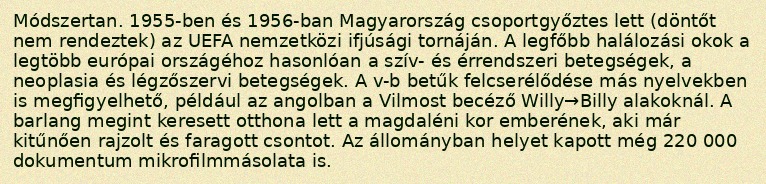
Módszertan. 1955-ben és 1956-ban Magyarország csoportgyőztes lett (döntőt nem rendeztek) az UEFA nemzetközi ifjúsági tornáján. A legfőbb halálozási okok a legtöbb európai országéhoz hasonlóan a szív- és érrendszeri betegségek, a neoplasia és légzőszervi betegségek. A v-b betűk felcserélődése más nyelvekben is megfigyelhető, például az angolban a Vilmost becéző Willy→Billy alakoknál. A barlang megint keresett otthona lett a magdaléni kor emberének, aki már kitűnően rajzolt és faragott csontot. Az állományban helyet kapott még 220 000 dokumentum mikrofilmmásolata is.